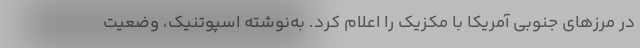
در مرزهای جنوبی آمریکا با مکزیک را اعلام کرد. به‌نوشته اسپوتنیک، وضعیت